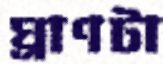
ঘ্রাণটা